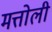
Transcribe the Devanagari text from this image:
मत्तोली